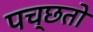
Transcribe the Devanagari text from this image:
पच्छतो